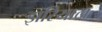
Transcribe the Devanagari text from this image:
झरियाल